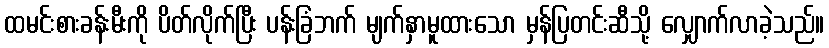
ထမင်းစားခန်းမီးကို ပိတ်လိုက်ပြီး ပန်းခြံဘက် မျက်နှာမူထားသော မှန်ပြတင်းဆီသို့ လျှောက်လာခဲ့သည်။